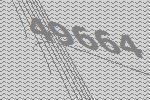
49664